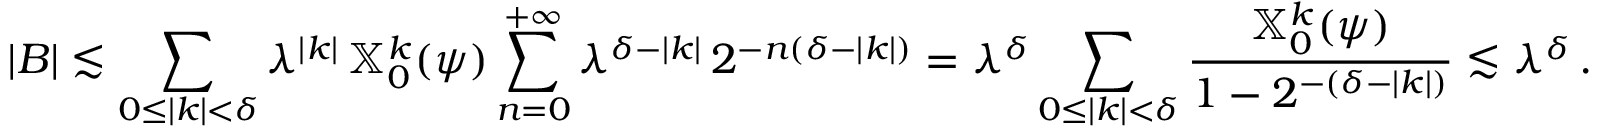
| B | \lesssim \sum _ { 0 \le | k | < \delta } \lambda ^ { | k | } \, \mathbb { X } _ { 0 } ^ { k } ( \psi ) \sum _ { n = 0 } ^ { + \infty } \lambda ^ { \delta - | k | } \, 2 ^ { - n ( \delta - | k | ) } = \lambda ^ { \delta } \sum _ { 0 \le | k | < \delta } \frac { \mathbb { X } _ { 0 } ^ { k } ( \psi ) } { 1 - 2 ^ { - ( \delta - | k | ) } } \lesssim \lambda ^ { \delta } \, .